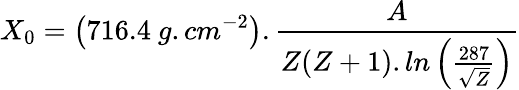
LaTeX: X_{0}=\left(716.4~g.cm^{-2}\right).\frac{A}{Z(Z+1).ln\left(\frac{287}{\sqrt{Z}}\right)}